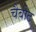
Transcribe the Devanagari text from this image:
चैबोट